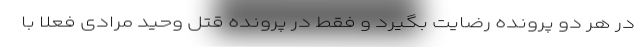
در هر دو پرونده رضایت بگیرد و فقط در پرونده قتل وحید مرادی فعلاً با